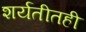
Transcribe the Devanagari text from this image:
शर्यतीतही